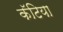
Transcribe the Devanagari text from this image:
कॅटिया